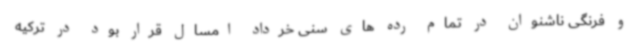
و فرنگی ناشنوان در تمام رده های سنی خرداد امسال قرار بود در ترکیه